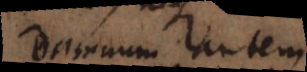
Damnum autem